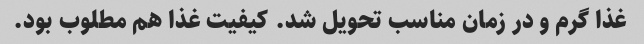
غذا گرم و در زمان مناسب تحویل شد. کیفیت غذا هم مطلوب بود.